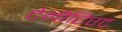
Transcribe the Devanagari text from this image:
टेनीटिएट